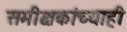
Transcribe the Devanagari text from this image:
समीक्षकांच्याही